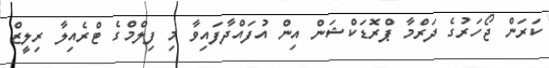
ކަރަން ޖޯހަރުގެ ދަރްމާ ޕްރޮޑަކްޝަން އިން އުފައްދާފައިވާ މި ފިލްމްގެ ޓްރެއިލާ ރިލީޒް